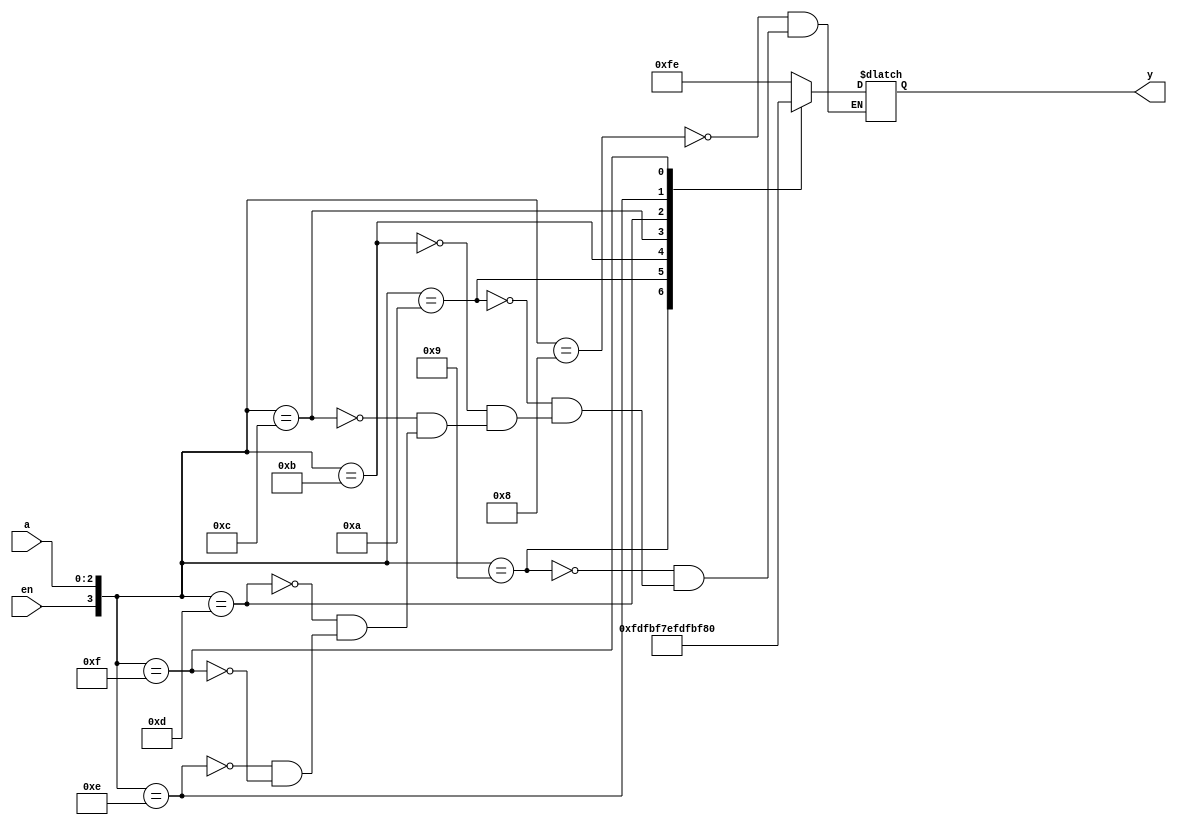
module decoder(a, en, y);
	input[2:0] a;
	input en;
	output reg [7:0] y;
	wire[3:0] sel;
	assign sel = {en, a};
	always @(a, en)
		case(sel)
			4'b1000: y = 8'b11111110;
			4'b1001: y = 8'b11111101;
			4'b1010: y = 8'b11111011;
			4'b1011: y = 8'b11110111;
			4'b1100: y = 8'b11101111;
			4'b1101: y = 8'b11011111;
			4'b1110: y = 8'b10111111;
			4'b1111: y = 8'b01111111;
		endcase
endmodule